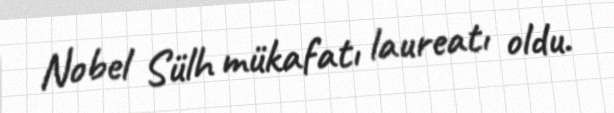
Nobel Sülh mükafatı laureatı oldu.